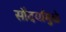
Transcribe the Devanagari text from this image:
सौदर्यामुळे